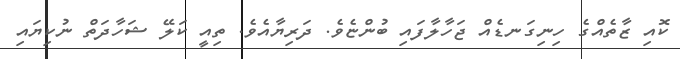
ކޮއި ޒާތެއްގެ ހިނިގަނޑެއް ޖަހާލާފައި ބުންޏެވެ. ދަރިޔާއެވެ. ތިއީ ކަލޭ ޝަހާދަތް ނުކިޔައި